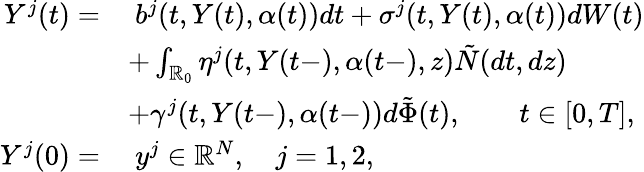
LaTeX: \begin{array}{rl}{Y^{j}(t)=}&{\ b^{j}(t,Y(t),\alpha(t))dt+\sigma^{j}(t,Y(t),\alpha(t))dW(t)}\\ &{+\int_{\mathbb{R}_{0}}\eta^{j}(t,Y(t-),\alpha(t-),z)\tilde{N}(dt,dz)}\\ &{+\gamma^{j}(t,Y(t-),\alpha(t-))d\tilde{\Phi}(t),\qquad t\in[0,T],}\\ {Y^{j}(0)=}&{\ y^{j}\in\mathbb{R}^{N},\quad j=1,2,}\end{array}